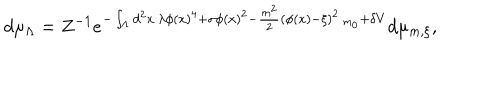
d \mu _ { \Lambda } = Z ^ { - 1 } e ^ { - \int _ { \Lambda } d ^ { 2 } x : \lambda \phi ( x ) ^ { 4 } + \sigma \phi ( x ) ^ { 2 } - \frac { m ^ { 2 } } { 2 } ( \phi ( x ) - \xi ) ^ { 2 } : _ { m _ { 0 } } + \delta V } d \mu _ { m , \xi } ,